Vaccination in the Punjab 1897-1904 - 1897-1904
Year: 1897
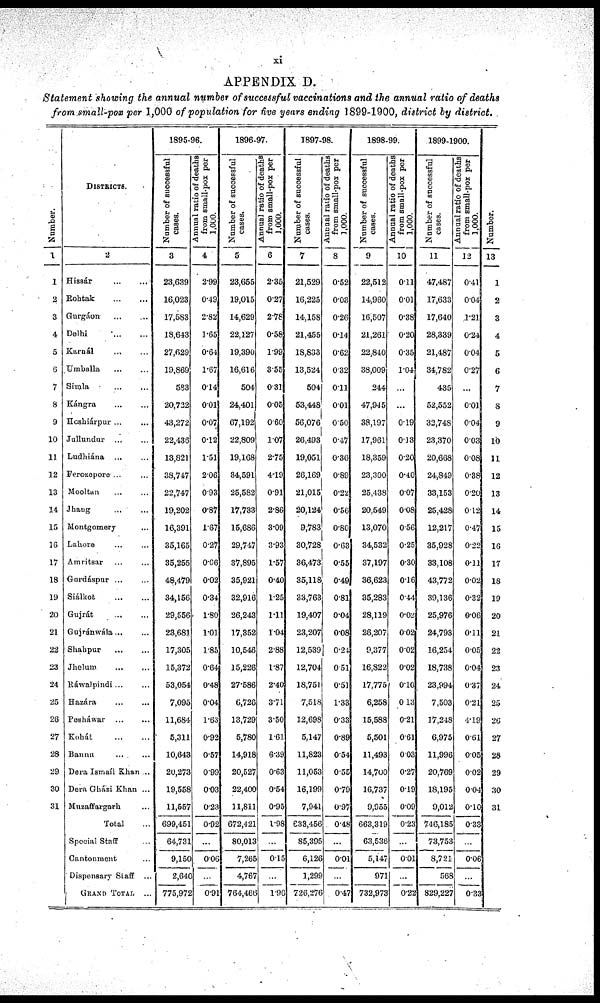
xi
APPENDIX D.
Statement showing the annual number of successful vaccinations and the annual ratio of deaths
from small-pox per 1,000 of population for five years ending 1899-1900, district by district.
Number.
1
1
2
3
4
5
6
7
8
9
10
11
12
13
14
15
16
17
18
19
20
21
22
23
24
25
26
27
28
29
30
31
DISTRICTS.
2
Hissár ... ...
Rohtak
...
...
Gurgáon ... ...
Delhi ... ...
Karnál
...
...
Umballa ... ...
Simla
...
...
Kángra ... ...
Hoshiárpur ... ...
Jullundur ... ...
Ludhiána ... ...
Ferozepore ... ...
Mooltan ... ...
Jhang ... ...
Montgomery ...
Lahore ... ...
Amritsar ... ...
Gurdáspur ... ...
Siálkot
...
...
Gujrát ... ...
Gujránwála ... ...
Shahpur ... ...
Jhelum ... ...
Ráwalpindi ... ...
Hazára ... ...
Pesháwar ... ...
Kohát ... ...
Bannu ... ...
Dera Ismaíl Khan ..
Dera Gházi Khan ...
Muzaffargarh ...
Total ...
Special Staff ...
Cantonment ...
Dispensary Staff ...
GRAND TOTAL. ...
1895-96.
Number of successful
cases.
3
23,639
16,023
17,583
18,643
27,629
19,869
583
20,722
43,272
22,436
13,821
38,747
22,747
19,202
16,391
35,165
35,255
48,479
34,156
29,556
23,681
17,305
15,372
53,054
7.095
11,684
5,311
10,643
20,273
19,558
11,557
699,451
64,731
9,150
2,640
775,972
Annual ratio of deaths
from small-pox per
1,000.
4
2.99
0.49
2.82
1.65
0.64
1.67
0.14
0.01
0.07
0.12
1.51
2.06
0.93
0.87
1.67
0.27
0.66
0.02
0.34
1.80
1.01
1.85
0.64
0.48
0.04
1.63
0.92
0.57
0.99
0.03
0.23
0.92
...
0.06
...
0.91
1896-97.
Number of successful
cases.
5
23,655
19,015
14,629
22,127
19,390
16,616
504
24,401
67,192
22,809
19,168
34,591
25,582
17,733
15,686
29,747
37,895
35,921
32,916
26,243
17,352
10,546
15,226
27586
6,726
13,729
5,780
14,918
20,527
22,400
11,811
672,421
80,013
7,265
4,767
764,466
Annual ratio of deaths
from small-pox per
1,000.
6
2.35
0.27
2.78
0.58
1.99
3.55
0.31
0.05
0.60
1.07
2.75
4.19
0.91
2.86
3.09
3.93
1.57
0.40
1.25
1.11
1.04
2.88
1.87
2.40
3.71
3.50
1.61
6.39
0.63
0.54
0.95
1.98
...
0.15
...
1.96
1897-98.
Number of successful
cases.
7
21,529
16,225
14,158
21,455
18,833
13,524
504
53,448
56,076
26,493
19,051
26,169
21,015
20,124
9,783
30,728
36,473
35,118
33,763
19,407
23,207
12,539
12,704
18,751
7,518
12,698
5,147
11,823
11,053
16,199
7,941
633,456
85,395
6,126
1,299
726,276
Annual ratio of deaths
from small-pox per
1,000.
8
0.52
0.03
0.26
0.14
0.62
0.32
0.11
0.01
0.50
0.47
0.36
0.89
0.22
0.56
0.80
0.63
0.55
0.49
0.81
0.04
0.08
0.21
0.51
0.51
1.33
0.33
0.89
0.54
0.55
0.70
0.97
0.48
...
0.01
...
0.47
1898-99.
Number of successful
cases.
9
22,512
14,960
16,507
21,261
22,840
38,009
244
47,945
38,197
17,961
18,359
23,300
25,138
20,549
13,070
34,532
37,197
36,623
35,283
28,119
26,207
9,377
16,822
17,775
6,258
15,588
5,501
11,493
14,700
16,737
9,955
663,319
63,535
5,147
971
732,973
Annual ratio of deaths
from small-pox per
1,000.
10
0.11
0.01
0.38
0.20
0.35
1.04
...
...
0.19
0.13
0.20
0.40
0.07
0.08
0.56
0.25
0.30
0.16
0.44
0.02
0.02
0.02
0.02
0.10
0.13
0.21
0.61
0. 03
0.27
0.19
0.09
0.23
...
0.01
...
0.22
1899-1900.
Number of successful
cases.
11
47,487
17,633
17,640
28,339
21,487
34,782
435
52,552
32,748
23,370
20,668
24,849
33,153
25,428
12,217
35,928
33,108
43,772
39,136
25,976
24,793
16,254
18,738
23,994
7,503
17,248
6,975
11,996
20,769
18,195
9,012
746,185
73,753
8,721
568
829,227
Annual ratio of deaths
from small-pox per
1,000.
12
0.41
0.04
1.21
0.24
0.04
0.27
...
0.01
0.04
0.03
0.08
0.38
0.20
0.12
0.47
0.22
0.11
0.02
0.32
0.06
0.11
0.05
0.04
0.37
0.21
4.19
0.61
0.05
0.02
0.04
0.10
0.33
...
0.06
...
0.33
Number.
13
1
2
3
4
5
6
7
8
9
10
11
12
13
14
15
16
17
18
19
20
21
22
23
24
25
26
27
28
29
30
31